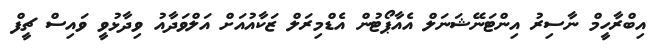
އިބްރާހީމް ނާސިރު އިންޓަނޭޝަނަލް އެއާޕޯޓުން އެޑްމިރަލް ޒަކާއުއަށް އަލްވަދާއު ވިދާޅުވީ ވައިސް ޗީފް